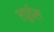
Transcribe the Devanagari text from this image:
रघुवेल